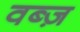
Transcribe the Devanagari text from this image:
वब्ज़